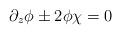
LaTeX: \begin{align*}\partial_z\phi \pm 2\phi\chi = 0\end{align*}